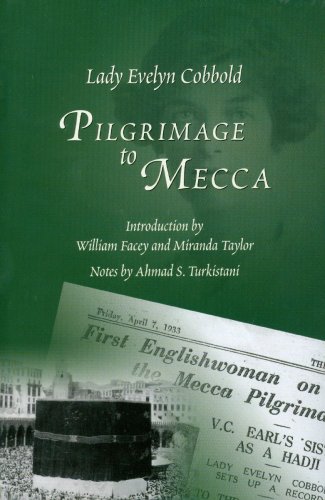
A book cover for Pilgrimage to Mecca; Lady Evelyn Cobbold; Travel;